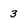
Character: 3